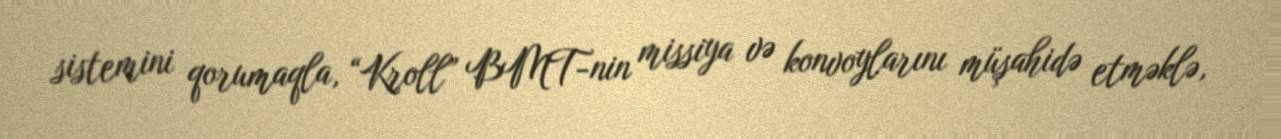
sistemini qorumaqla, “Kroll” BMT-nin missiya və konvoylarını müşahidə etməklə,